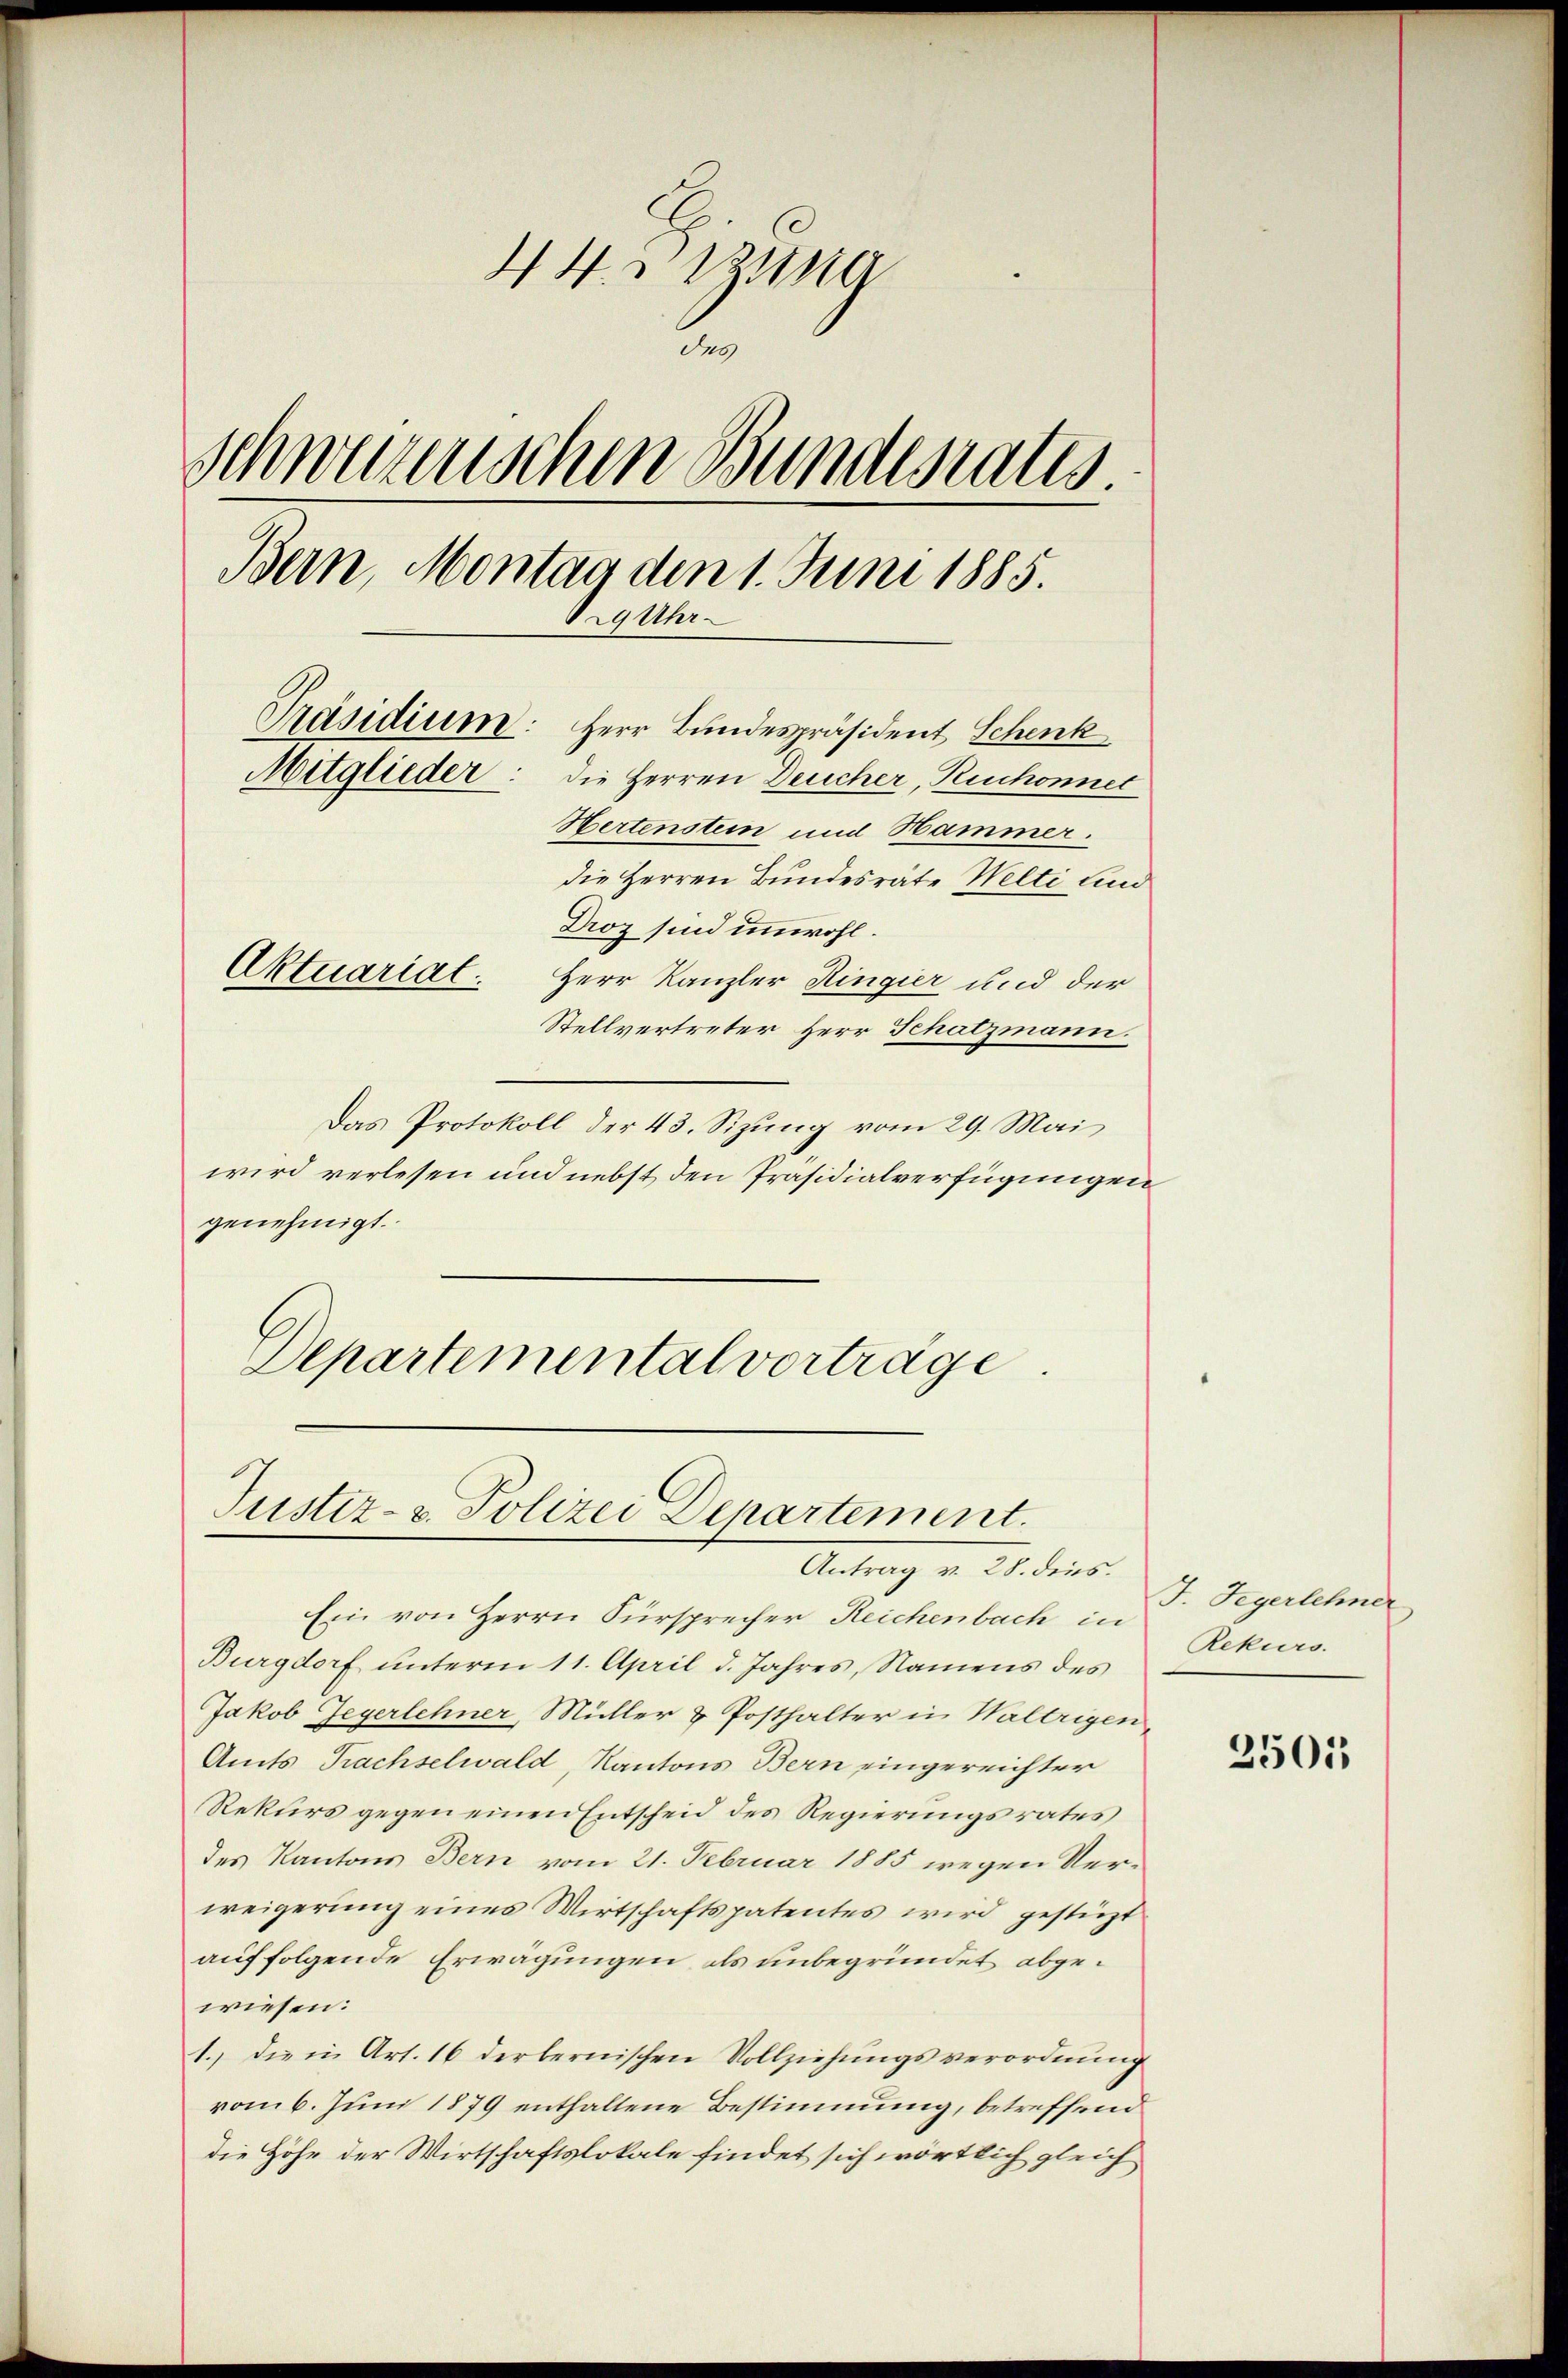
44. Sizung
des
Schwerenischen Bundesrates
Bern Montag den 1. Juni 1885.
29 Uhr.
Präsidium: Herr Bundespräsident Schenk
Mitglieder: die Herren Deucher, Ruchonnet
Hertenstein und Hammer.
die Herren Bundesräte Welti und
Droz sind unwohl.
Aktuariat. Herr Kanzler Ringier und der
Stellvertreter Herr Schatzmann.

Das Protokoll der 43. Sizung vom 29. Mai
wird verlesen und nebst den Präsidialverfügungen
genehmigt.
Departemental vortrage

Justiz- & Polizei Departement.

Ein von Herrn Fürsprecher Reichenbach in
Burgdorf unterm 11. April d. Jahres, Namens des
Jakob Jegerlehner, Müller & Posthalter in Waltrigen,
Amts Prachselwald, Kantons Bern eingereichter
Rekurs gegen einen Entscheid des Regierungsrates
des Kantons Bern vom 21. Februar 1885 wegen Verweigerung eines Wirtschaftspatentes wird gestüzt
auf folgende Erwägungen als unbegründet abgewiesen:
1. die in Art. 16 derbernischen Vollziehŭngsverordnŭng
vom 6. Juni 1879 enthaltene Bestimmung, betreffend
die Höhe der Wirtschaftslokale findet sich wörtlich gleich

Antrag v. 28. dies

J. Fegerlehner
Rekurs.

2501